Report of the Indian Hemp Drugs Commission, 1894-1895 - Volume VII
Year: 1894
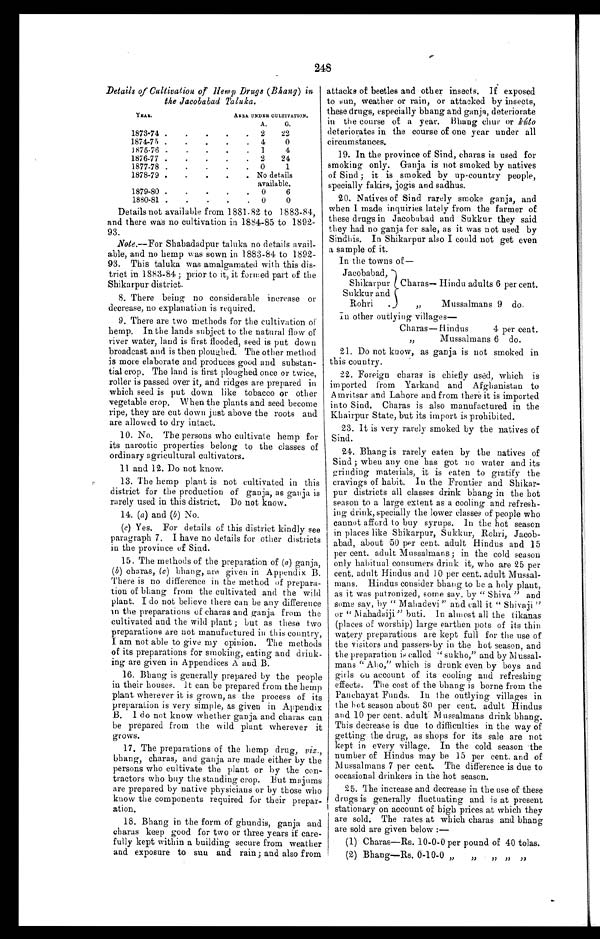
248
Details of Cultivation of Hemp Drugs (Bhang) in
the Jacobabad Taluka.
YEAR.
ABEA. UNDER CULTIVATION.
A.
G.
1873–74
2
22
1874–75 . .
.
.
. 4
0
1875–76 .
.
.
.
. 1
4
1876–77 .
.
.
.
2
24
1877–78 .
.
.
.
0
1
1878–79
No details
available.
1879–80 .
.
.
.
.
0
6
1880–81
0
0
Details not available from 1881-82 to 1883-84,¶
and there was no cultivation in 1884-85 to 1892-
¶
93.
Note.—For Shabadadpur taluka no details avail
- ¶
able, and no hemp was sown in 1883-84 to 1892
- ¶
93. This taluka was amalgamated with this dis
- ¶
trict in 1883-84 ; prior to it, it formed part of the
¶ Shikarpur district.
8. There being no considerable increase or
¶
decrease, no explanation is required.
9. There are two methods for the cultivation
o f ¶
hemp. In the lands subject to the natural flow o f ¶
river water, land is first flooded, seed is put down
¶
broadcast and is then ploughed. The other method
¶
is more elaborate and produces good and substan
- ¶
tial crop. The land is first ploughed once or twice,¶
roller is passed over it, and ridges are prepared in
¶
which seed is put down like tobacco or other
¶
vegetable crop. When the plants and seed become
¶
ripe, they are cut down just above the roots and
¶
are allowed to dry intact.
10. No. The persons who cultivate hemp for
¶
its narcotic properties belong to the classes of
¶
ordinary agricultural cultivators.
11 and 12. Do not know.
13. The hemp plant is not cultivated in this
¶
district for the production of ganja, as ganja is
¶
rarely used in this district. Do not know.
14. (a) and ( b ) No.
¶
(c) Yes. For details of this district kindly see
¶
paragraph 7. I have no details for other districts
¶
in the province of Sind.
15. The methods of the preparation of (a) ganja,
¶
(b) charas, (c) bhang, are given in Appendix B.
¶
There is no difference in the method of prepara-
¶
tion of bhang from the cultivated and the wild
¶
plant. I do not believe there can be any difference
¶
in the preparations of charas and ganja from the
¶
cultivated and the wild plant ; but as these two
¶
preparations are not manufactured in this country,
¶
Iam not able to give my opinion. The methods
¶
of its preparations for smoking, eating and drink-
¶
ing are given in Appendices A and B.
16. Bhang is generally prepared by the people
¶
in their houses. It can be prepared from the hemp
¶ plant wherever it is grown, as the process of its
¶
preparation is very simple, as given in Appendix
¶
B. I do not know whether ganja and charas can
¶
be prepared from the wild plant wherever it
¶
grows.
17. The preparations o-E the hemp drug, viz.,
¶
bhang, charas, and ganja are made either by the
¶
persons who cultivate the plant or by the con-
¶
tractors who buy the standing crop. But majums
¶
are prepared by native physicians or by those who
¶
know the components required for their prepar-
¶
ation.
18. Bhang in the form of ghundis, ganja and
¶
charas keep good for two or three years if care-
¶
fully kept within a building secure from weather
¶
a n d e x p o s u r e t o s u n . a n d r a i n ; a n d a l s o f r o m ¶
attacks of beetles and other insects. If exposed
¶
to sun, weather or rain, or attacked by insects,
¶
these drugs, especially bhang and ganja, deteriorate
¶
in the course of a year. Bhang chur or kúto
¶
deteriorates in the course of one year under all
¶
circumstances.
19. In the province of Sind, charas is used for
¶
smoking only. Ganja is not smoked by natives
¶
of Sind ; it is smoked by up-country people,
¶
specially fakirs, jogis and sadhus.
20. Natives of Sind rarely smoke ganja, and
¶
when I made inquiries lately from the farmer of
¶
these drugs in Jacobabad and Sukkur they said
¶
they had no ganja for sale, as it was not used by
¶
Sindhis. In Shikarpur also I could not get even
¶
a sample of it.
In the towns of
— ¶
Jacobabad,
¶
Shikarpur Charas—Hindu adults 6 per cent.
¶
Sukk
o
u r a n d ¶
Rohri ,, Mussalmans 9 do.
¶
In other outlying villages
— ¶
Charas—Hindus 4 per cent.
¶
,, Mussalimans 6 do.
¶
21. Do not know, as ganja is not smoked in
¶
this country.
22. Foreign charas is chiefly used, which is
¶
imported from Yarkand and Afghanistan t
o ¶
Amritsar and Lahore and from there it is imported
¶
into Sind. Charas is also manufactured in the
¶
Khairpur State, but its import is prohibited.
23. It is very rarely smoked by the natives of
¶
Sind.
24. Bhang is rarely eaten by the natives of
¶
Sind ; when any one has got no water and its
¶
grinding materials, it is eaten to gratify the
¶
cravings of habit. In the Frontier and Shikar-
¶
pur districts all classes drink bhang in the hot
¶
season to a large extent as a cooling and refresh-
¶
ing drink, specially the lower classes of people who
¶
cannot afford to buy syrups. In the hot season
¶
in places like Shikarpur, Sukkur, Rohri, Jacob-
¶
abad, about 50 per cent. adult Hindus and 15
¶
per cent. adult Mussalmans; in the cold season
¶
only habitual consumers drink it, who are 25 per
¶
cent. adult Hindus and 10 per cent. adult Mussal-
¶
mans. Hindus consider bhang to be a holy plant,
¶
as it was patronized, some say, by "Shiva" and
¶
some say, by "Mahadevi" and call it "Shivaji
" ¶
or "Mahadaiji" buti. In almost all the tikanas
¶
(places of worship) large earthen pots of its thin
¶
watery preparations are kept full for the use of
¶
the visitors and passers-by in the hot season, and
¶
the preparation is called "sukho," and by Mussal-
¶
mans "Aho," which is drunk even by boys and
¶
girls
cooling
account of its coolin and refreshing
¶
effects. The cost of the bhang is borne from the
¶
Panchayat Funds. In the outlying villages in
¶
the hot season about 30 per cent. adult Hindus
¶
and 10 per cent. adult Mussalmans drink bhang.
¶
This decrease is due to difficulties in the way of
¶
getting the drug, as shops for its sale are not
¶
kept in every village. In the cold season the
¶
number of Hindus may be 15 per cent. and of
¶
Mussalmans 7 per cent. The difference is due to
¶
occasional drinkers in the hot season.
25. The increase and decrease in the use of these
¶
drugs is generally fluctuating and is at present
¶
stationary on account of high prices at which they
¶
are sold. The rates at which charas and bhang
¶
are sold are given below :
—
(1) Charas—Rs. 10-0-0 per pound of 40 tolas.
(2) Bhang—Rs. 0-10-0 ,, ,, ,, ,, ,,